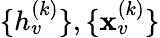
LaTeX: \{ h_{v}^{(k)}\} ,\{ \mathbf{x}_{v}^{(k)}\}